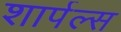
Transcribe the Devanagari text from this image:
शार्पल्स